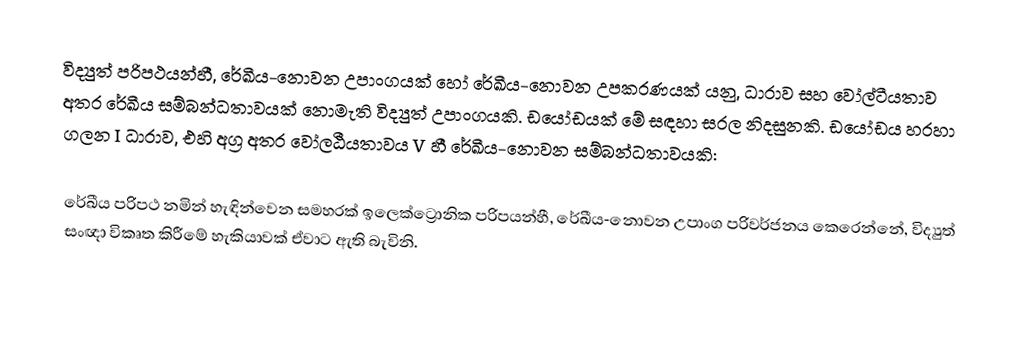
විද්‍යුත් පරිපථයන්හී, රේඛීය-නොවන උපාංගයක් හෝ රේඛීය-නොවන උපකරණයක් යනු, ධාරාව සහ වෝල්ටීයතාව අතර රේඛීය සම්බන්ධතාවයක් නොමැති විද්‍යුත් උපාංගයකි.  ඩයෝඩයක් මේ සඳහා සරල නිදසුනකි. ඩයෝඩය හරහා ගලන  I ධාරාව, එහි අග්‍ර අතර වෝලඨීයතාවය V හී රේඛීය-නොවන සම්බන්ධතාවයකි:

රේඛීය පරිපථ නමින් හැඳින්වෙන සමහරක් ඉලෙක්ට්‍රොනික පරිපයන්හී, රේඛීය-නොවන උපාංග පරිවර්ජනය කෙරෙන්නේ, විද්‍යුත් සංඥා විකෘත කිරීමේ  හැකියාවක් ඒවාට ඇති බැවිනි.